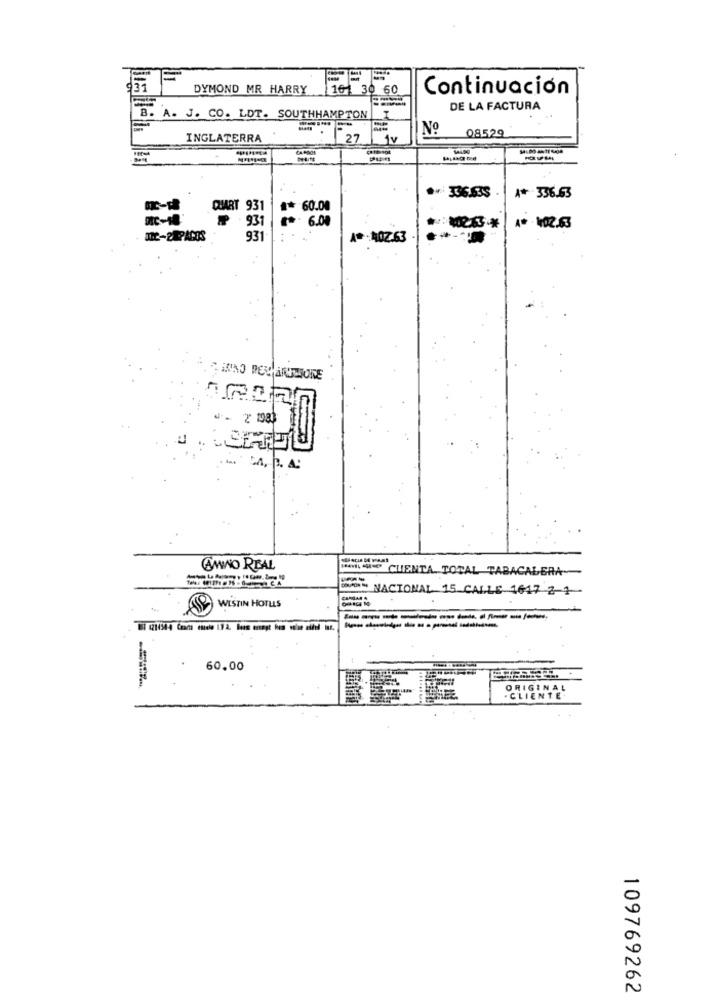
DYMOND MR HARRY
161 30 60
Continuación
B.
T
DE LA FACTURA
A. J. CO. LOT. SOUTHHAMPTON
Nº
08529
INGLATERRA
27
1v
w336.633
A* 336.63
QUART 931
#* 60.00
₩ 931
*- 6.00
A* - 402.63
JE-2 .PACOS
931
A *- 402.63
CAMINO REAL
CUENTA TOTAL TABACALERA-
" NACIONAL 15 CALLE 1647 2-1
9 WESTIN HOTELS
-----------
60.00
ORIGINAL
. CLIENTE
109769262